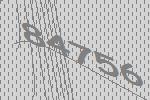
84756